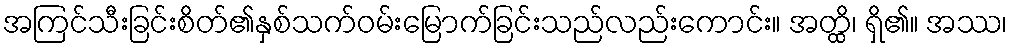
အကြင်သီးခြင်းစိတ်၏နှစ်သက်ဝမ်းမြောက်ခြင်းသည်လည်းကောင်း။ အတ္ထိ၊ ရှိ၏။ အဿ၊